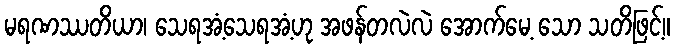
မရဏဿတိယာ၊ သေရအံ့သေရအံ့ဟု အဖန်တလဲလဲ အောက်မေ့ သော သတိဖြင့်။